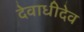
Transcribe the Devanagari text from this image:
देवाधीदेव